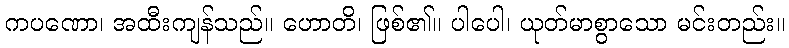
ကပဏော၊ အထီးကျန်သည်။ ဟောတိ၊ ဖြစ်၏။ ပါပေါ၊ ယုတ်မာစွာသော မင်းတည်း။